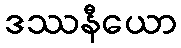
ဒဿနီယော